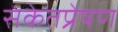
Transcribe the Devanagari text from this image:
संकेतप्रेषण